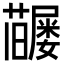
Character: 𡳶